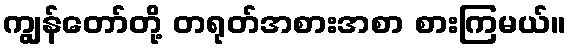
ကျွန်တော်တို့ တရုတ်အစားအစာ စားကြမယ်။